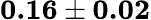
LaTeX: \textbf{0.16}\pm\textbf{0.02}